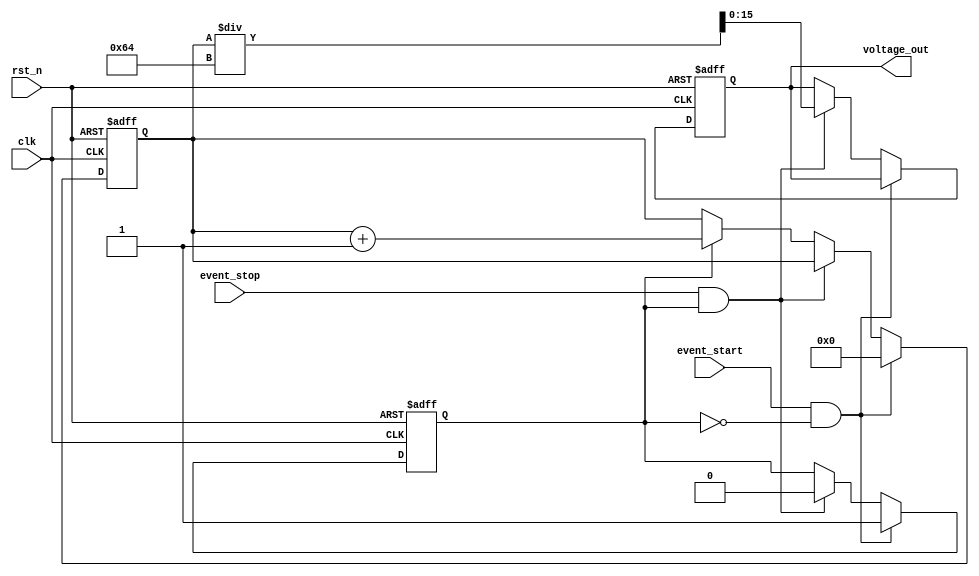
module TDC (
    input wire clk,               // System clock
    input wire rst_n,             // Active low reset
    input wire event_start,       // Start event signal
    input wire event_stop,        // Stop event signal
    output reg [15:0] voltage_out  // Output voltage level (scaled)
);

    // Parameters
    parameter CLOCK_FREQ = 50_000_000; // Clock frequency (50 MHz)
    parameter TIME_SCALE = 100;          // Scaling factor for voltage output (V/clk_count)

    // Internal signals
    reg [31:0] time_count;               // Time counter
    reg counting;                         // Counting state

    // Event Detector and Time Counter
    always @(posedge clk or negedge rst_n) begin
        if (!rst_n) begin
            time_count <= 32'd0;          // Reset time count
            counting <= 1'b0;             // Reset counting state
            voltage_out <= 16'd0;         // Reset output voltage
        end else begin
            if (event_start && !counting) begin
                counting <= 1'b1;          // Start counting
                time_count <= 32'd0;       // Reset time count
            end else if (event_stop && counting) begin
                counting <= 1'b0;          // Stop counting
                voltage_out <= time_count / TIME_SCALE; // Convert count to voltage
            end else if (counting) begin
                time_count <= time_count + 1; // Increment time count
            end
        end
    end

endmodule